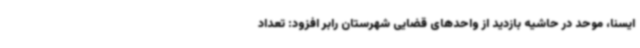
ایسنا، موحد در حاشیه بازدید از واحدهای قضایی شهرستان رابر افزود: تعداد